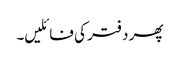
پھر دفتر کی فائلیں۔